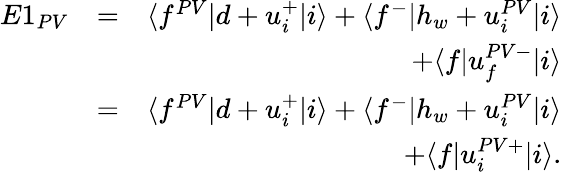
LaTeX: \begin{array}{rlr}{E1_{PV}}&{=}&{\langle f^{PV}|d+u_{i}^{+}|i\rangle+\langle f^{-}|h_{w}+u_{i}^{PV}|i\rangle}\\ &{}&{+\langle f|u_{f}^{PV-}|i\rangle}\\ &{=}&{\langle f^{PV}|d+u_{i}^{+}|i\rangle+\langle f^{-}|h_{w}+u_{i}^{PV}|i\rangle}\\ &{}&{+\langle f|u_{i}^{PV+}|i\rangle.}\end{array}